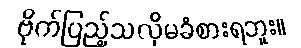
ဗိုက်ပြည့်သလိုမခံစားရဘူး။